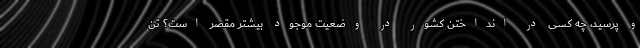
و پرسید، چه کسی در انداختن کشور در وضعیت موجود بیشتر مقصر است؟ تن